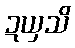
ဍယှသိ